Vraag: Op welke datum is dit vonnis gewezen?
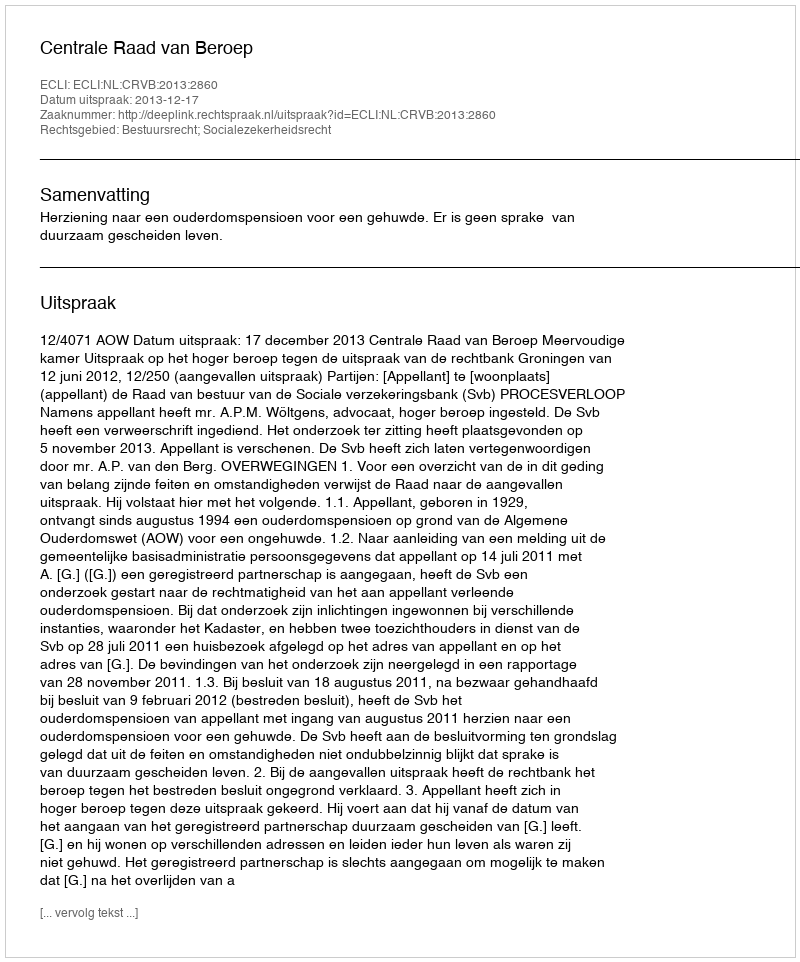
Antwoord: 2013-12-17